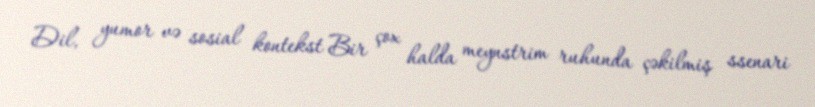
Dil, yumor və sosial kontekst Bir çox halda meynstrim ruhunda çəkilmiş ssenari